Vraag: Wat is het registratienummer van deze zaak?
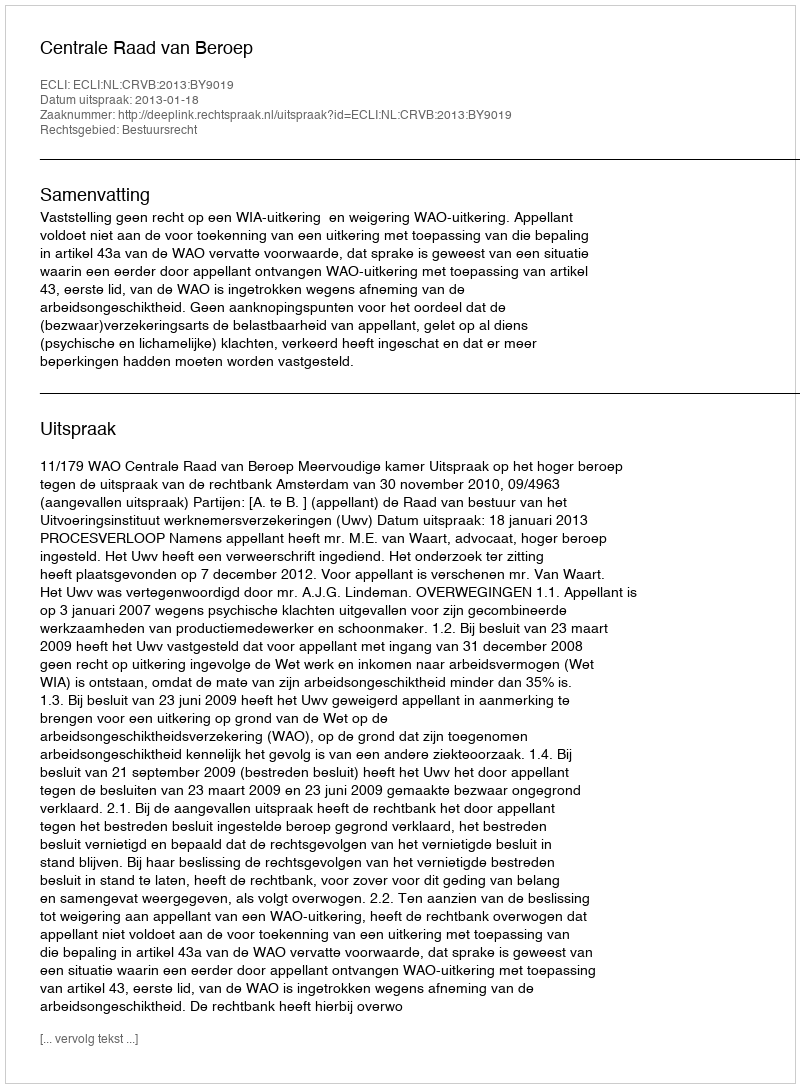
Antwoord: http://deeplink.rechtspraak.nl/uitspraak?id=ECLI:NL:CRVB:2013:BY9019